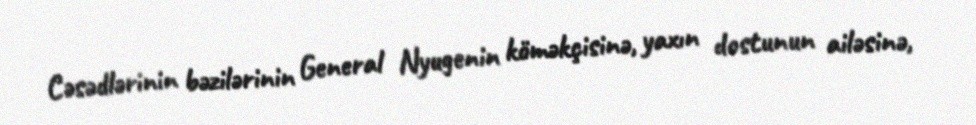
Cəsədlərinin bəzilərinin General Nyugenin köməkçisinə, yaxın dostunun ailəsinə,